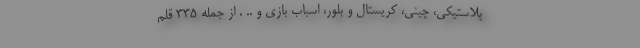
پلاستیکی، چینی، کریستال و بلور، اسباب بازی و .. . از جمله 335 قلم